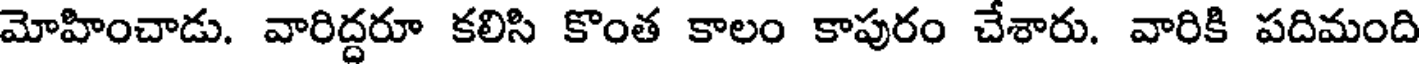
మోహించాడు. వారిద్దరూ కలిసి కొంత కాలం కాపురం చేశారు. వారికి పదిమంది